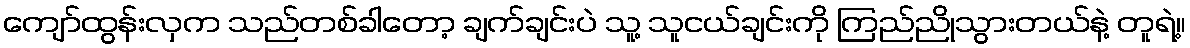
ကျော်ထွန်းလှက သည်တစ်ခါတော့ ချက်ချင်းပဲ သူ့ သူငယ်ချင်းကို ကြည်ညိုသွားတယ်နဲ့ တူရဲ့။